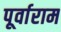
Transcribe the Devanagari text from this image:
पूर्वाराम